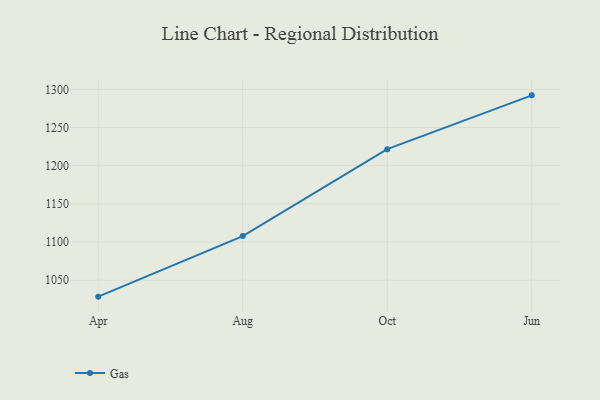
{"axis": {"x": "Month", "y": "Conversion Rate (%)"}, "legend": ["Gas"], "data": [{"x": "Apr", "y": 1028.5, "type": "Gas"}, {"x": "Aug", "y": 1107.8, "type": "Gas"}, {"x": "Oct", "y": 1221.7, "type": "Gas"}, {"x": "Jun", "y": 1292.2, "type": "Gas"}]}